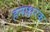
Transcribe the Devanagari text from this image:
हनाक्षरक